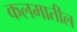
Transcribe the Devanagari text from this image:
कलमातील